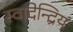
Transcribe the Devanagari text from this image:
स्वादेन्द्रिय